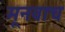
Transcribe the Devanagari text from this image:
मूनवाच